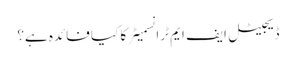
ڈیجیٹل ایف ایم ٹرانسمیٹر کا کیا فائدہ ہے؟